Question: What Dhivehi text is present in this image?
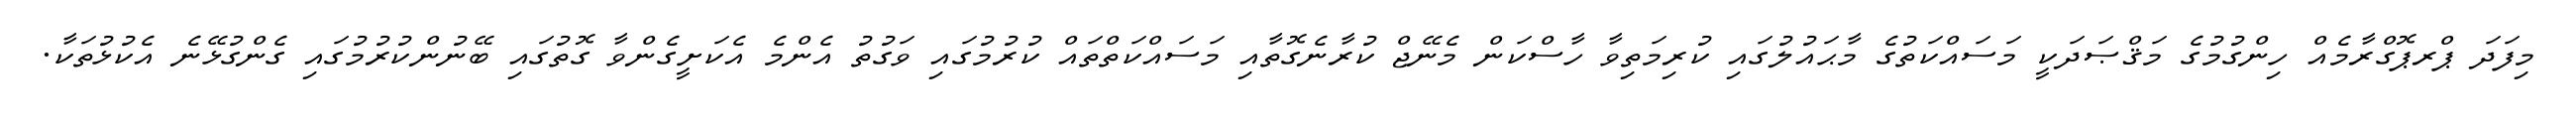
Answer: މިފަދަ ޕްރޕޮގްރާމެއް ހިންގުމުގެ މަޤްޞަދަކީ މަސައްކަތުގެ މާޙައުލުގައި ކުރިމަތިވާ ހާސްކަން މެނޭޖް ކުރާނެގޮތާއި މަސައްކަތްތައް ކުރުމުގައި ވަގުތު އެންމެ އެކަށީގެންވާ ގޮތުގައި ބޭނުންކުރުމުގައި ގެންގުޅޭނެ އެކުޅުތަކާ.